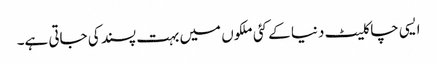
ایسی چاکلیٹ دنیا کے کئی ملکوں میں بہت پسند کی جاتی ہے۔